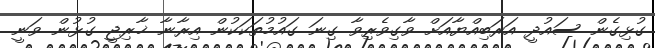
ގުޅިގެން ސައުދީ އަރަބިއްޔާއަށް ވާގިވެރިވާ ގިނަ ގައުމުތަކަކުން އިރާނާ ޚާރިޖީ ގުޅުން ވަނީ